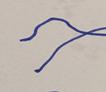
Signature authenticity: forged